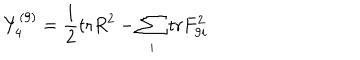
Y _ { 4 } ^ { ( 9 ) } = { \frac { 1 } { 2 } } \mathrm { t r } R ^ { 2 } - \sum _ { i } \mathrm { t r } F _ { 9 i } ^ { 2 }